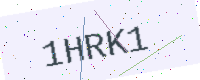
Text: 1HRK1